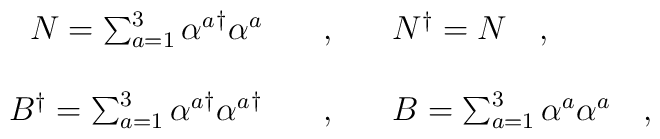
\begin{array}{r c l}N=\sum_{a=1}^3{\alpha^a}^\dagger\alpha^a\ \ \ &,&\ \ \ N^\dagger=N\ \ \ ,\\ \\B^\dagger=\sum_{a=1}^3{\alpha^a}^\dagger{\alpha^a}^\dagger\ \ \ &,&\ \ \ B=\sum_{a=1}^3\alpha^a\alpha^a\ \ \ ,\end{array}